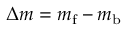
\Delta { m } = m _ { \mathrm { f } } - m _ { \mathrm { b } }